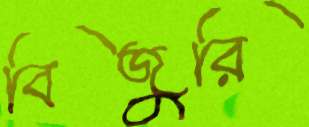
বিজুরি